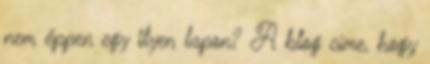
nem éppen egy ilyen lapon? A blog címe, hogy